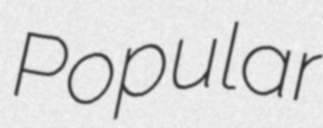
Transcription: Popular